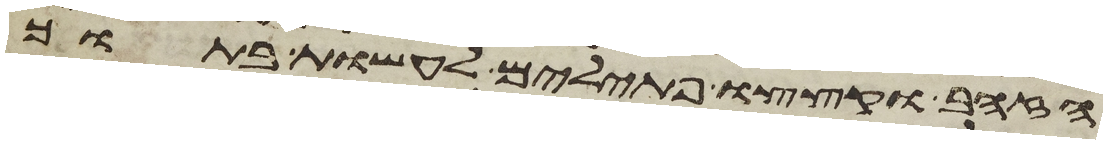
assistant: הזהב וקצצו פתילים לעשות בתוך